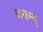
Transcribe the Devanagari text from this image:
करूम्बु